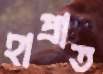
হাপ্‌রাত